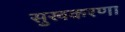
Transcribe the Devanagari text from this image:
सुखकरणा